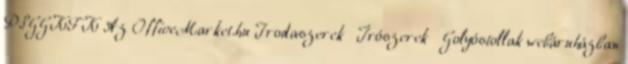
PSGGKFK Az OfficeMarket.hu Irodaszerek Írószerek Golyóstollak webáruházban